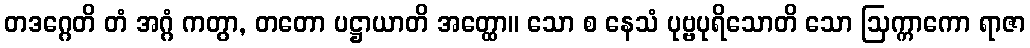
တဒဂ္ဂေတိ တံ အဂ္ဂံ ကတွာ, တတော ပဋ္ဌာယာတိ အတ္ထော။ သော စ နေသံ ပုဗ္ဗပုရိသောတိ သော ဩက္ကာကော ရာဇာ